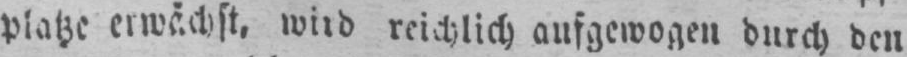
platze erwächst, wird reichlich aufgewogen durch den